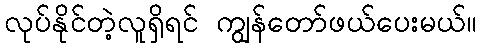
လုပ်နိုင်တဲ့လူရှိရင် ကျွန်တော်ဖယ်ပေးမယ်။